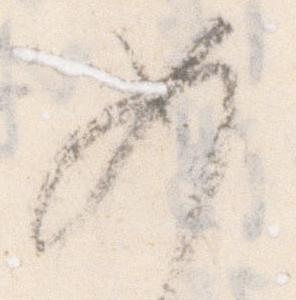
如